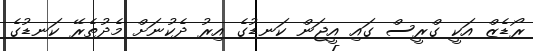
ރޯޑެޒް އަކީ ގްރީސް ގައި އީޖަން ކަނޑުގެ އިރު ދެކުނަށް މެދުތެރޭ ކަނޑުގެ